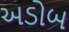
અડોબ